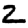
Digit: 2